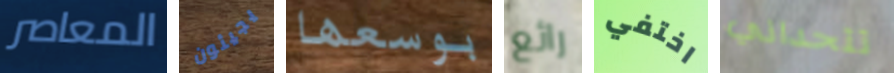
المعاصر يجيئون بوسعها رائع اختفي تتحداني